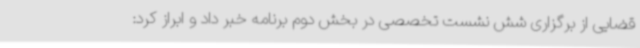
قضایی از برگزاری شش نشست تخصصی در بخش دوم برنامه خبر داد و ابراز کرد: